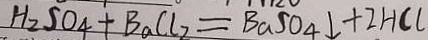
H _ { 2 } S O _ { 4 } + B a C l _ { 2 } = B a S O _ { 4 } \downarrow + 2 H C l